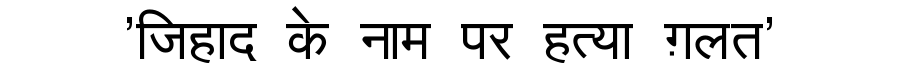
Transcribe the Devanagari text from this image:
'जिहाद के नाम पर हत्या ग़लत'